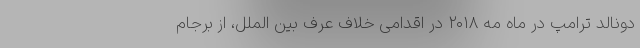
دونالد ترامپ در ماه مه ۲۰۱۸ در اقدامی خلاف عرف بین الملل، از برجام